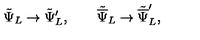
{ \tilde { \Psi } } _ { L } \rightarrow { \tilde { \Psi } } _ { L } ^ { \prime } , \qquad { \tilde { \overline { \Psi } } } _ { L } \rightarrow { \tilde { \overline { \Psi } } } _ { L } ^ { \prime } ,